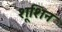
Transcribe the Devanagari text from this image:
शूशिन